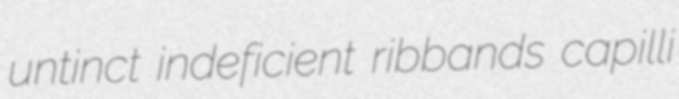
untinct indeficient ribbands capilli